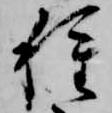
種